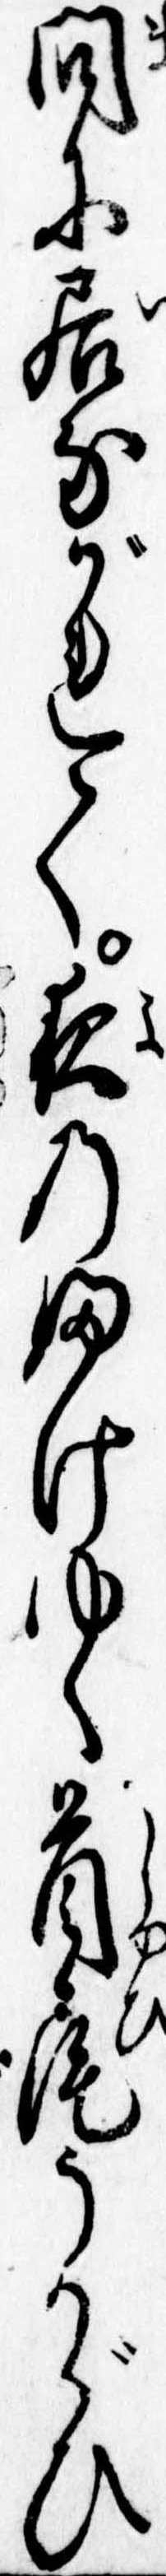
間に居ながれて夜のふけゆく首尾うかゞひ